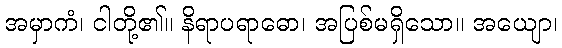
အမှာကံ၊ ငါတို့၏။ နိရာပရာဓော၊ အပြစ်မရှိသော။ အယျော၊